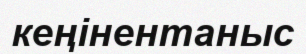
кеңінентаныс